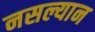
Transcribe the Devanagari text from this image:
नसल्यान